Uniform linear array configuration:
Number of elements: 24
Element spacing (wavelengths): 0.25
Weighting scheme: binomial
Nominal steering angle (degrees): -45
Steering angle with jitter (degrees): -45.119
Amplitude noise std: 0.05
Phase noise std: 0.05

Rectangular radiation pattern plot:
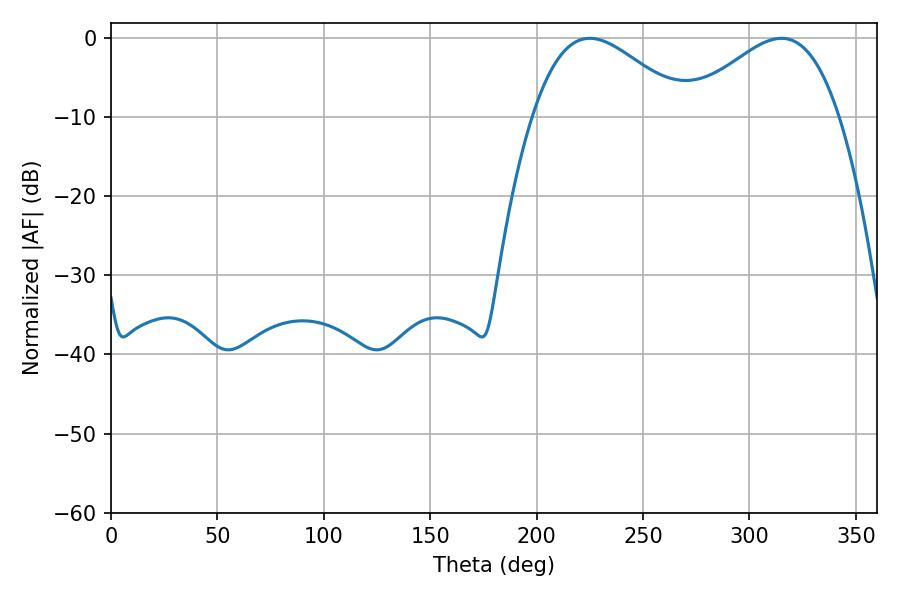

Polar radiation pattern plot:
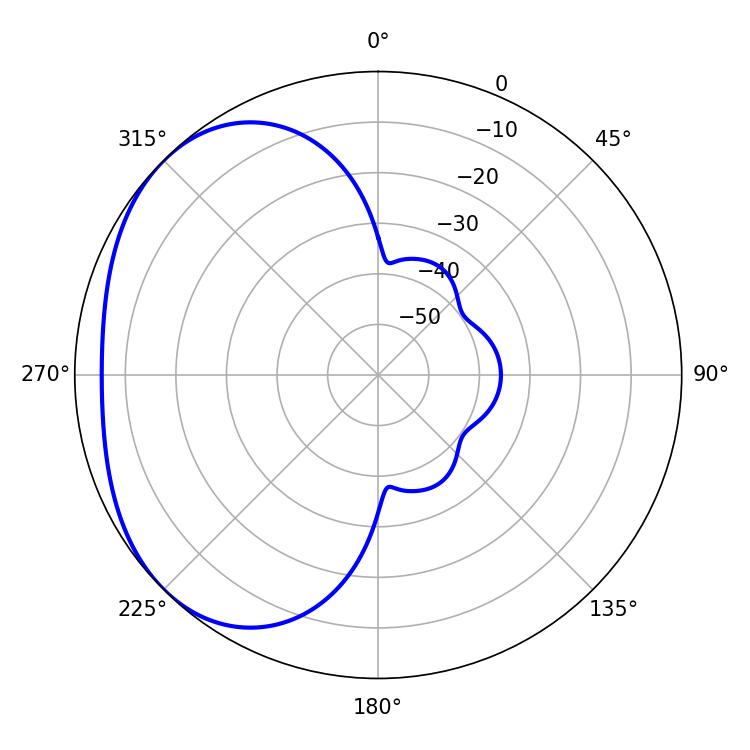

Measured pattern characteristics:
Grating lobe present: FALSE
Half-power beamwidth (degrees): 38.88
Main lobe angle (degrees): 225